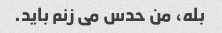
بله، من حدس می زنم باید.